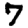
Digit: 7